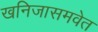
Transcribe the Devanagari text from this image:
खनिजासमवेत